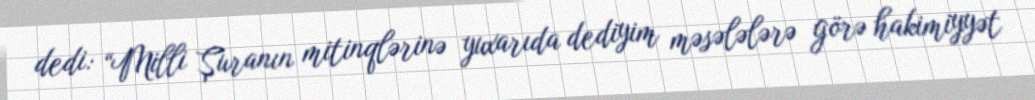
dedi: “Milli Şuranın mitinqlərinə yuxarıda dediyim məsələlərə görə hakimiyyət